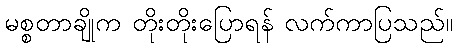
မစ္စတာချိုက တိုးတိုးပြောရန် လက်ကာပြသည်။